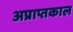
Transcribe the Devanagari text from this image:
अप्राप्तकाल